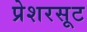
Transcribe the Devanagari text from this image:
प्रेशरसूट